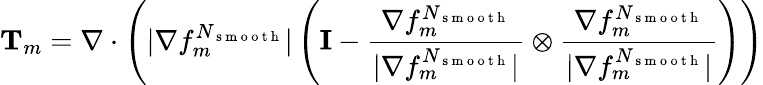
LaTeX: \mathbf{T}_{m}=\mathbf{\nabla}\cdot\left(|\nabla f_{m}^{N_{\mathrm{~s~m~o~o~t~h~}}}|\left(\mathbf{I}-\frac{\nabla f_{m}^{N_{\mathrm{~s~m~o~o~t~h~}}}}{|\nabla f_{m}^{N_{\mathrm{~s~m~o~o~t~h~}}}|}\otimes\frac{\nabla f_{m}^{N_{\mathrm{~s~m~o~o~t~h~}}}}{|\nabla f_{m}^{N_{\mathrm{~s~m~o~o~t~h~}}}|}\right)\right)